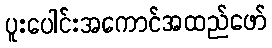
ပူးပေါင်းအကောင်အထည်ဖော်